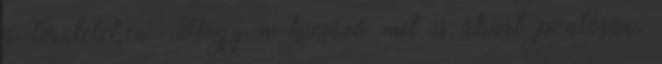
a területeken. Hogy a kicsávó mit is akart pontosan,